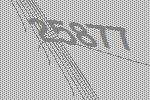
25877